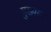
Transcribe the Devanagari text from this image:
मुख्यस्य